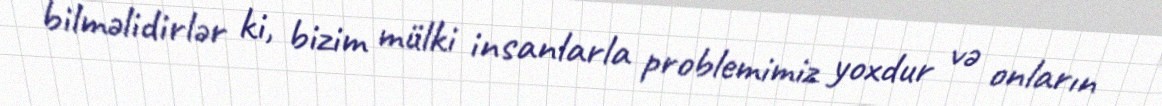
bilməlidirlər ki, bizim mülki insanlarla problemimiz yoxdur və onların